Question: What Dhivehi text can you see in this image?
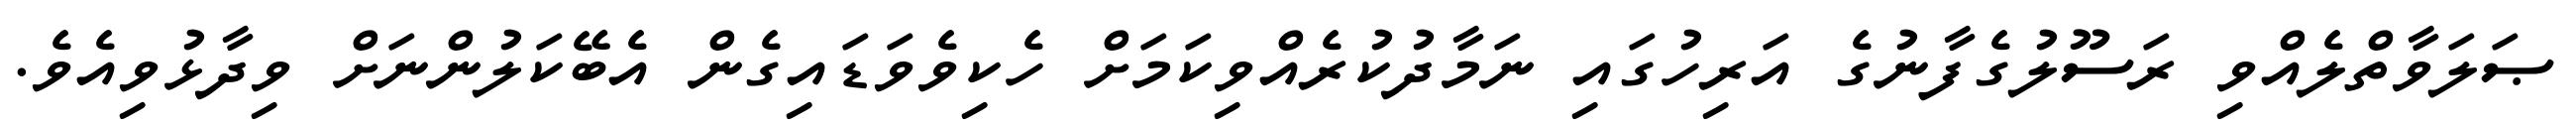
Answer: ޞަލަވާތްލެއްވި ރަސޫލުގެފާނުގެ އަރިހުގައި ނަމާދުކުރެއްވިކަމަށް ހެކިވެވަޑައިގެން އެބޭކަލުންނަށް ވިދާޅުވިއެވެ.